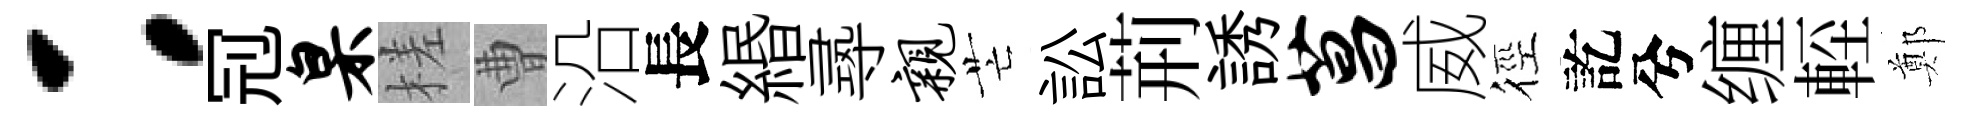
：𠜍臬槎曹沿長緡𡬶亲芒訟荊誘菖威徑訖兮缠䡖鄭